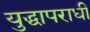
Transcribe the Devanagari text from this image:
युद्धापराधी